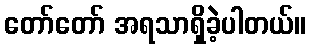
တော်တော် အရသာရှိခဲ့ပါတယ်။